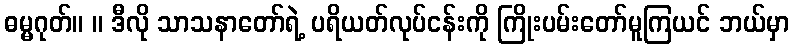
ဓမ္မဂုတ်။ ။ ဒီလို သာသနာတော်ရဲ့ ပရိယတ်လုပ်ငန်းကို ကြိုးပမ်းတော်မူကြယင် ဘယ်မှာ